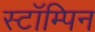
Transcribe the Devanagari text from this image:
स्टॉम्पिन